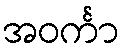
အဝင်္ကာ